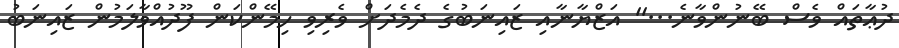
ދުޢާތައް ވެސް ބޭނުންވާނެ...'' އަޒްޔާނާއި ޒައިނަބުގެ ދެމެދަށް ވެރިވި ހިމޭންކަން ފޫދުއްވާލަމުން ޒައިނަބު